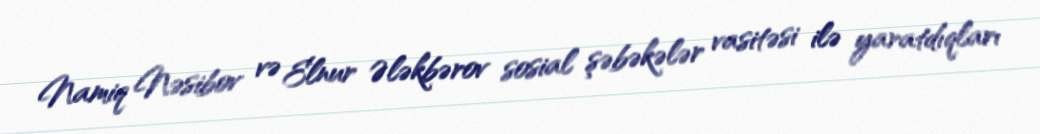
Namiq Nəsibov və Elnur Ələkbərov sosial şəbəkələr vasitəsi ilə yaratdıqları